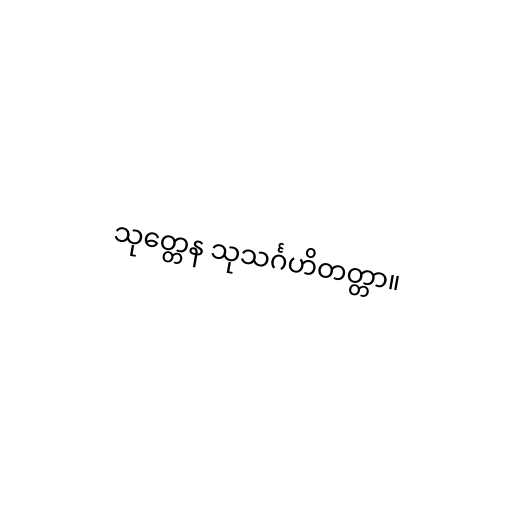
သုတ္တေန သုသင်္ဂဟိတတ္တာ။